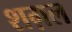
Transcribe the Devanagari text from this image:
शग़ल